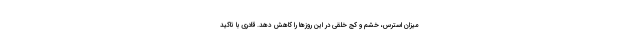
میزان استرس، خشم و کج خُلقی در این روزها را کاهش دهد. قادری با تاکید